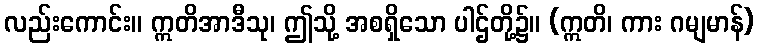
လည်းကောင်း။ ဣတိအာဒီသု၊ ဤသို့ အစရှိသော ပါဌ်တို့၌။ (ဣတိ၊ ကား ဂမျမာန်)